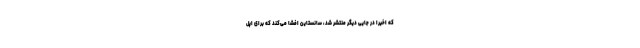
که اخیراً در جایی دیگر منتشر شد، سانستاین افشا می‌کند که برای اپل